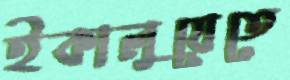
ইকালুয়েতে